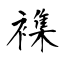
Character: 襍